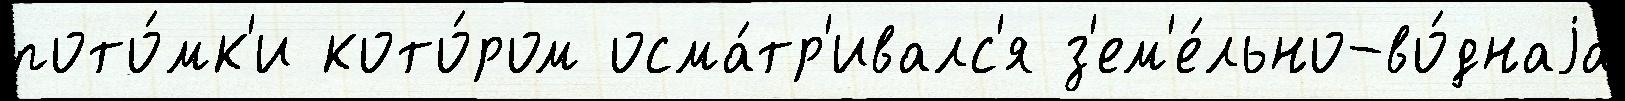
пото́мк'и кото́ром осма́тр'ивалс'я з'ем'е́льно-во́днаjа